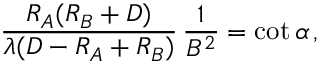
{ \frac { R _ { A } ( R _ { B } + D ) } { \lambda ( D - R _ { A } + R _ { B } ) } } \, { \frac { 1 } { B ^ { 2 } } } = \cot \alpha \, ,